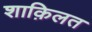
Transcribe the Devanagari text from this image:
शाक़िलत